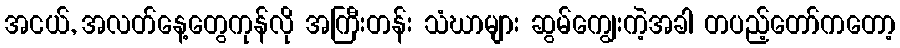
အငယ်, အလတ်နေ့တွေကုန်လို အကြီးတန်း သံဃာများ ဆွမ်ကျွေးကဲ့အခါ တပည့်တော်ကတော့